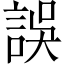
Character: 誤